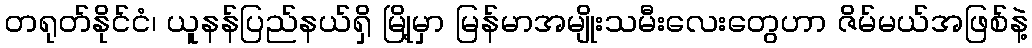
တရုတ်နိုင်ငံ၊ ယူနန်ပြည်နယ်ရှိ မြို့မှာ မြန်မာအမျိုးသမီးလေးတွေဟာ ဇိမ်မယ်အဖြစ်နဲ့